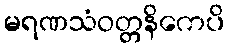
မရဏသံဝတ္တနိကေပိ